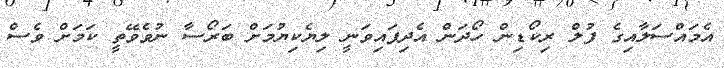
އެމަައްސަލާއިގެ ފުލް ރިކޯޑިން ހޯދަން އެދިފައިވަނީ ލިޔެކިޔުމަށް ބަރޯސާ ނުވެވޭތީ ކަމަށް ވެސް